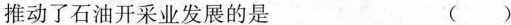
推动了石油开采业发展的是 ( )